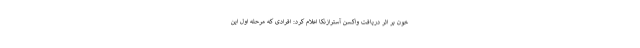
خون بر اثر دریافت واکسن آسترازنکا اعلام کرد: افرادی که مرحله اول این